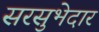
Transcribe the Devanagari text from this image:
सरसुभेदार